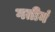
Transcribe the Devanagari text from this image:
गतीनं